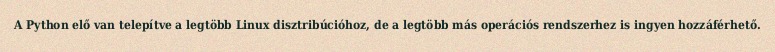
A Python elő van telepítve a legtöbb Linux disztribúcióhoz, de a legtöbb más operációs rendszerhez is ingyen hozzáférhető.